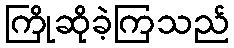
ကြိုဆိုခဲ့ကြသည်